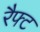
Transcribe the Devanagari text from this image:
रैफ्ट